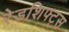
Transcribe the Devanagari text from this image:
रेडशिफ्ट्स